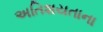
અતિશયતાના